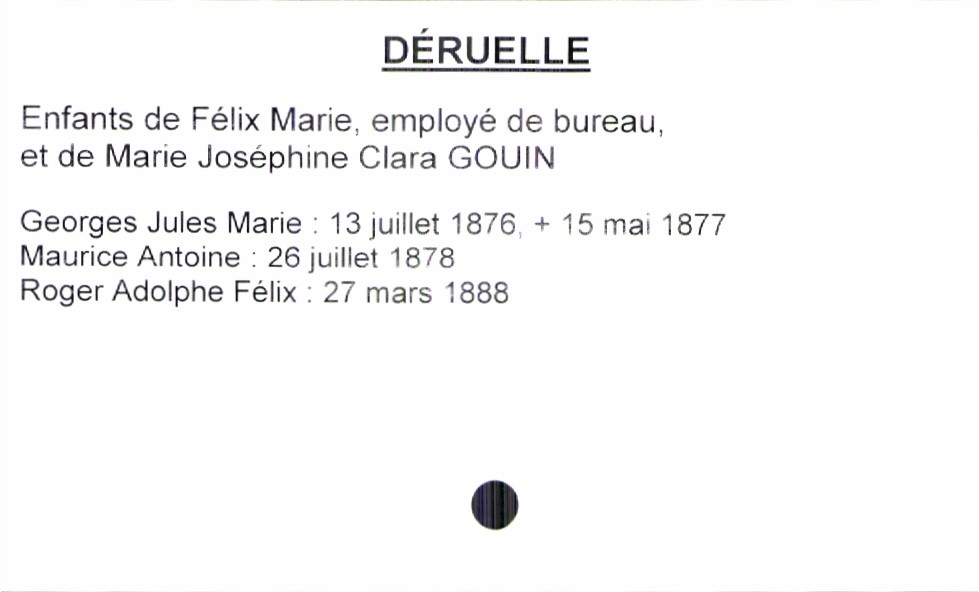
type_acte: Baptême
filiation: fils
enfant_prénom: Roger Adolphe Félix
enfant_date_de_naissance: 27 mars 1888
enfant_date_de_décès: 15 mai 1877
père_enfant_nom: Déruelle
père_enfant_prénom: Félix Marie
père_enfant_profession: employé de bureau
mère_enfant_nom: Gouin
mère_enfant_prénom: Marie Joséphine Clara